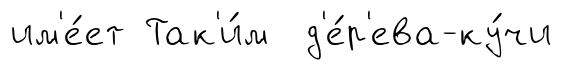
им'е́ет Так'и́м д'е́р'ева-ку́чи